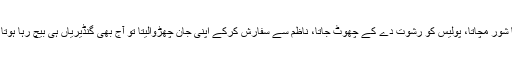
اب آپ دیکھیں، اگر گاما شور مچاتا، پولیس کو رشوت دے کے چھوٹ جاتا، ناظم سے سفارش کرکے اپنی جان چھڑوالیتا تو آج بھی گنڈیریاں ہی بیچ رہا ہوتا، غلام محمد تبسم نہ بنتا۔